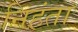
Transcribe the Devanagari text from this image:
निहंता